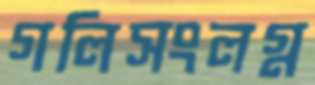
গলিসংলগ্ন